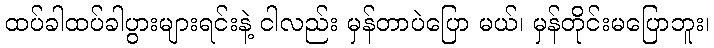
ထပ်ခါထပ်ခါပွားများရင်းနဲ့ ငါလည်း မှန်တာပဲပြော မယ်၊ မှန်တိုင်းမပြောဘူး၊